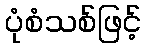
ပုံစံသစ်ဖြင့်